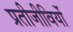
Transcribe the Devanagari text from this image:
प्रतीजीवियों